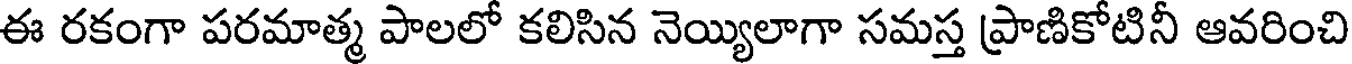
ఈ రకంగా పరమాత్మ పాలలో కలిసిన నెయ్యిలాగా సమస్త ప్రాణికోటినీ ఆవరించి